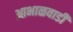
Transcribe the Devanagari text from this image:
आभाळवाडी